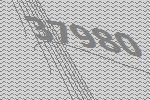
37980